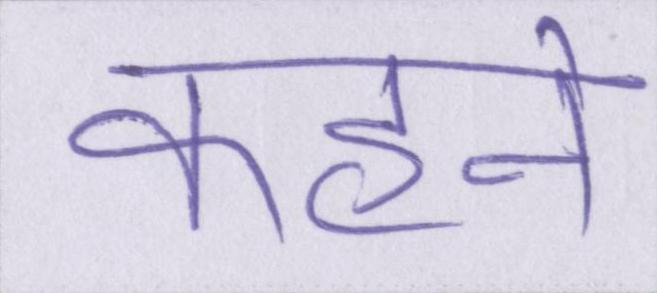
कहने